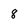
Character: 8